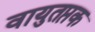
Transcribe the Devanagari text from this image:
वायुतप्तक